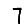
Digit: 7